Annual report of the Madras Medical College
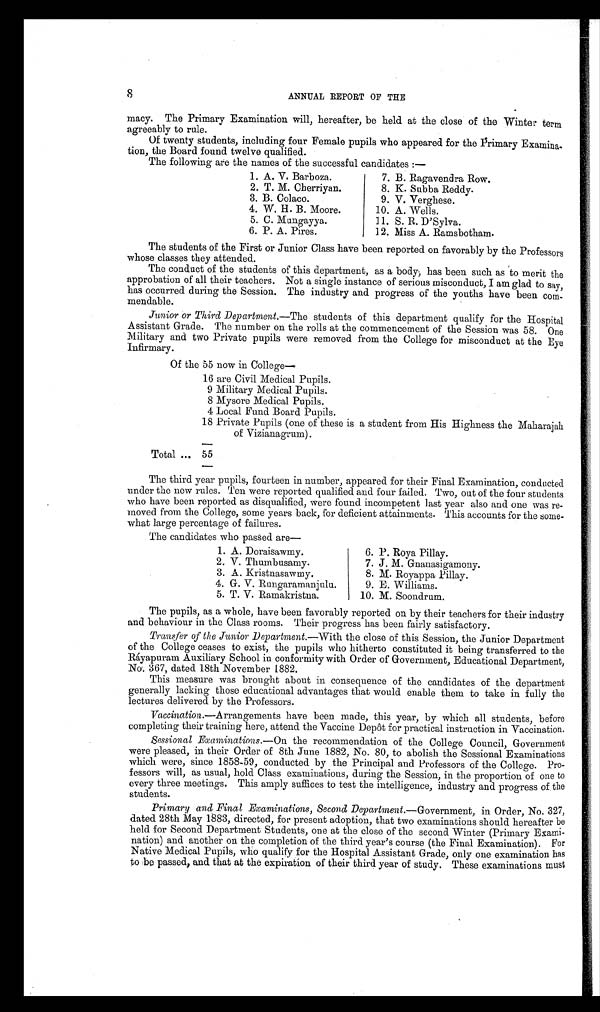
8
ANNUAL REPORT OF THE
macy. The Primary Examination will, hereafter, be held at the close of the Winter term
agreeably
to
rule.
Of twenty students, including four Female pupils who appeared for the Primary Examina-
tion, the Board found twelve qualified.
The following are the names of the successful candidates :—
1. A. V. Barboza.
2. T. M. Cherriyan.
3. B. Colaco.
4. W. H. B. Moore.
5. C. Mungayya.
6. P. A. Pires.
7. B. Ragavendra Row.
8. K. Subba Reddy.
9. V. Verghese.
10. A. Wells.
11. S. R. D'Sylva.
12. Miss A. Ramsbotham.
The students of the First or Junior Class have been reported on favorably by the Professors
whose classes they attended.
The conduct of the students of this department, as a body, has been such as to merit the
approbation of all their teachers. Not a single instance of serious misconduct, I am glad to say,
has occurred during the Session. The industry and progress of the youths have been com-
mendable.
Junior or Third Department .—The students of this department qualify for the Hospital
Assistant Grade. The number on the rolls at the commencement of the Session was 58. One
Military and two Private pupils were removed from the College for misconduct at the Eye
Infirmary.
Of the 55 now in College—
16 are Civil Medical Pupils.
9 Military Medical Pupils.
8 Mysore Medical Pupils.
4 Local Fund Board Pupils.
18 Private Pupils (one of these is a student from His Highness the Maharajah
of Vizianagrum).
Total ... 55
The third year pupils, fourteen in number, appeared for their Final Examination, conducted
under the new rules. Ten were reported qualified and four failed. Two, out of the four students
who have been reported as disqualified, were found incompetent last year also and one was re-
moved from the College, some years back, for deficient attainments. This accounts for the some-
what large percentage of failures.
The candidates who passed are
—
1. A. Doraisawmy.
2. V. Thumbusamy.
3. A. Kristnasawmy.
4. G. V. Rungaramanjulu.
5. T. V. Ramakristna.
6. P. Roya Pillay.
7.
J. M. Gnanasigamony.
8. M. Royappa Pillay.
9. E. Williams.
10. M. Soondrum.
The pupils, as a whole, have been favorably reported on by their teachers for their industry
and behaviour in the Class rooms. Their progress has been fairly satisfactory.
Transfer of the Junior Department.—With the close of this Session, the Junior Department
of the College ceases to exist, the pupils who hitherto constituted it being transferred to the
Ráyapuram Auxiliary School in conformity with Order of Government, Educational Department,
No. 367, dated 18th November 1882.
This measure was brought about in consequence of the candidates of the department
generally lacking those educational advantages that would enable them to take in fully the
lectures delivered by the Professors.
Vaccination. —Arrangements have been made, this year, by which all students, before
completing their training here, attend the Vaccine Depôt for practical instruction in Vaccination.
Sessional Examinations.— On the recommendation of the College Council, Government
were pleased, in their Order of 8th June 1882, No. 80, to abolish the Sessional Examinations
which were, since 1858-59, conducted by the Principal and Professors of the College. Pro-
fessors will, as usual, hold Class examinations, during the Session, in the proportion of one to
every three meetings. This amply suffices to test the intelligence, industry and progress of the
stu dents .
Primary and Final Examinations, Second Department. —Government, in Order, No. 327,
dated 28th May 1883, directed, for present adoption, that two examinations should hereafter be
held for Second Department Students, one at the close of the second Winter (Primary
Examl-nation) and another on the completion of the third year's course (the Final Examination). For
Native Medical Pupils, who qualify for the Hospital Assistant Grade, only one examination has
to be passed, and that at the expiration of their third year of study. These examinations must